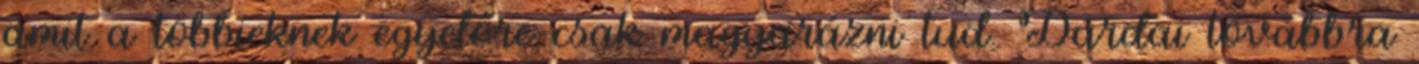
amit a többieknek egyelőre csak magyarázni tud. Dárdai továbbra